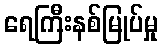
ရေကြီးနစ်မြုပ်မှု